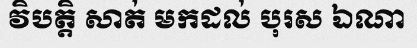
វិបត្តិ សាត់ មកដល់ បុរស ឯណា